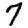
Digit: 7